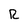
Character: R